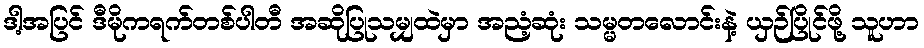
ဒါ့အပြင် ဒီမိုကရက်တစ်ပါတီ အဆိုပြုသမျှထဲမှာ အညံ့ဆုံး သမ္မတလောင်းနဲ့ ယှဉ်ပြိုင်ဖို့ သူဟာ